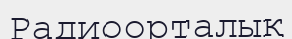
Радиоорталық